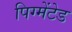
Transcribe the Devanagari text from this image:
पिग्मेंटेड